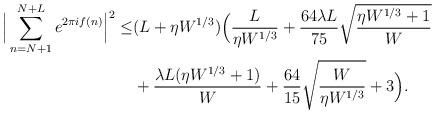
LaTeX: \begin{align*}\Big|\sum_{n=N+1}^{N+L} e^{2\pi i f(n)} \Big|^2 \le&(L+\eta W^{1/3})\Big(\frac{L}{\eta W^{1/3}}+\frac{64\lambda L}{75}\sqrt{\frac{\eta W^{1/3}+1}{W}}\\&+\frac{\lambda L (\eta W^{1/3}+1)}{W}+\frac{64}{15}\sqrt{\frac{W}{\eta W^{1/3}}}+3\Big).\end{align*}